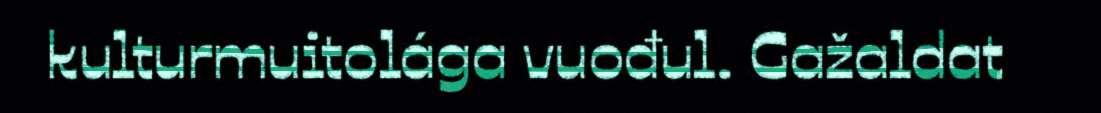
kulturmuitolága vuođul. Gažaldat